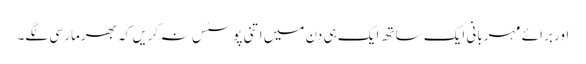
اور برائے مہربانی ایک ساتھ ایک ہی دن میں اتنی پوسٹس نہ کریں کہ بھرمار سی لگے۔